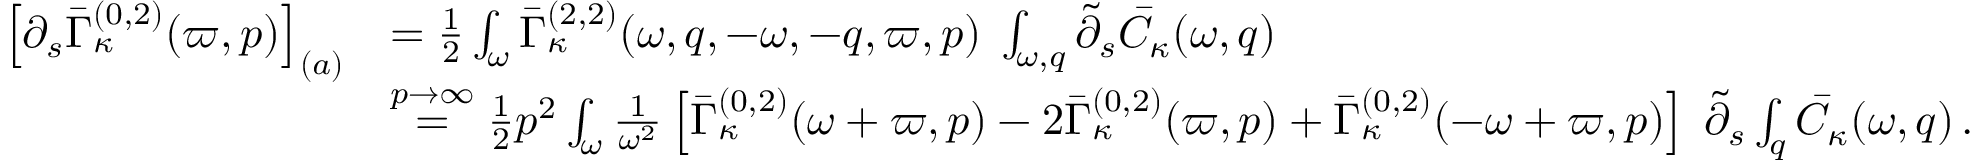
\begin{array} { r l } { \left[ \partial _ { s } \bar { \Gamma } _ { \kappa } ^ { ( 0 , 2 ) } ( \varpi , p ) \right] _ { ( a ) } } & { = \frac 1 2 \int _ { \omega } \bar { \Gamma } _ { \kappa } ^ { ( 2 , 2 ) } ( \omega , q , - \omega , - q , \varpi , p ) \; \int _ { \omega , q } \tilde { \partial } _ { s } \bar { C } _ { \kappa } ( \omega , q ) } \\ & { \stackrel { p \to \infty } { = } \frac 1 2 p ^ { 2 } \int _ { \omega } \frac 1 { \omega ^ { 2 } } \left[ \bar { \Gamma } _ { \kappa } ^ { ( 0 , 2 ) } ( \omega + \varpi , p ) - 2 \bar { \Gamma } _ { \kappa } ^ { ( 0 , 2 ) } ( \varpi , p ) + \bar { \Gamma } _ { \kappa } ^ { ( 0 , 2 ) } ( - \omega + \varpi , p ) \right] \; \tilde { \partial } _ { s } \int _ { q } \bar { C } _ { \kappa } ( \omega , q ) \, . } \end{array}